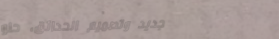
تجديد وتصميم الحدائق، حلو